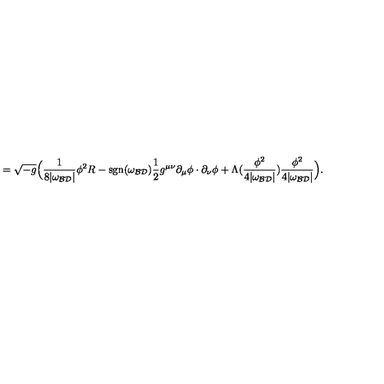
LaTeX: = \sqrt { - g } \Big ( \frac { 1 } { 8 | \omega _ { \cal B D } | } \phi ^ { 2 } R - \mathrm { s g n } ( \omega _ { \cal B D } ) \frac { 1 } { 2 } g ^ { \mu \nu } \partial _ { \mu } \phi \cdot \partial _ { \nu } \phi + \Lambda ( \frac { \phi ^ { 2 } } { 4 | \omega _ { \cal B D } | } ) \frac { \phi ^ { 2 } } { 4 | \omega _ { \cal B D } | } \Big ) .